Report on vaccination in the Province of Bengal - 1869-1873
Year: 1869
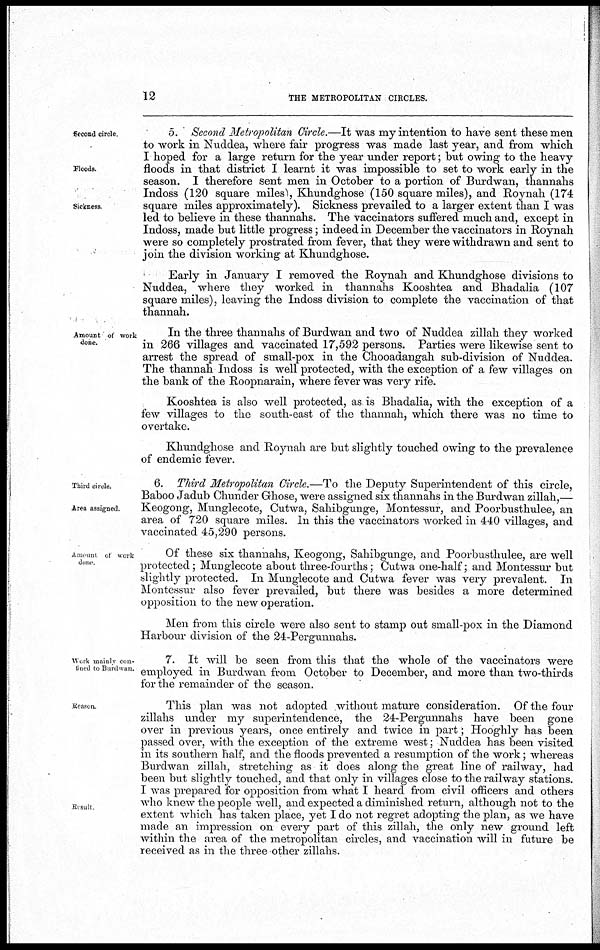
12
THE METROPOLITAN CIRCLES.
Second circle
Floods.
Sickness
5. Second Metropolitan Circle.—It was my intention to have sent these men
to work in Nuddea, where fair progress was made last year, and from which
I hoped for a large return for the year under report; but owing to the heavy
floods in that district I learnt it was impossible to set to work early in the
season. I therefore sent men in October to a portion of Burdwan, thannahs
Indoss (120 square miles), Khundghose (150 square miles), and Roynah (174
square miles approximately). Sickness prevailed to a larger extent than I was
led to believe in these thannahs. The vaccinators suffered much and, except in
Indoss, made but little progress; indeed in December the vaccinators in Roynah
were so completely prostrated from fever, that they were withdrawn and sent to
join the division working at Khundghose.
Early in January I removed the Roynah and Khundghose divisions to
Nuddea, where they worked in thannahs Kooshtea and Bhadalia (107
square miles), leaving the Indoss division to complete the vaccination of that
thannah.
Amount of work
done.
In the three thannahs of Burdwan and two of Nuddea zillah they worked
in 266 villages and vaccinated 17,592 persons. Parties were likewise sent to
arrest the spread of small-pox in the Chooadangah sub-division of Nuddea.
The thannah Indoss is well protected, with the exception of a few villages on
the bank of the Roopnarain, where fever was very rife.
Kooshtea is also well protected, as is Bhadalia. with the exception of a
few villages to the south-east of the thannah, which there was no time to
overtake.
Khundghose and Roynah are but slightly touched owing to the prevalence
of endemic fever.
Third circle.
Area assigned.
6. Third Metropolitan Circle.—To the Deputy Superintendent of this circle,
Baboo Jadub Chunder Grhose, were assigned six thannahs in the Burdwan zillah,—
Keogong, Munglecote, Cutwa, Sahibgunge, Montessur, and Poorbusthulee, an
area of 720 square miles. In this the vaccinators worked in 440 villages, and
vaccinated 45,290 persons.
Amount of work
done
Of these six thannahs, Keogong, Sahibgunge, and Poorbusthulee, are well
protected; Munglecote about three-fourths; Cutwa one-half; and Montessur but
slightly protected. In Munglecote and Cutwa fever was very prevalent. In
Montessur also fever prevailed, but there was besides a more determined
opposition to the new operation.
Men from this circle were also sent to stamp out small-pox in the Diamond
Harbour division of the 24-Pergunnahs.
Work mainly con-
-ined to Burdwan.
7. It will be seen from this that the whole of the vaccinators were
employed in Burdwan from October to December, and more than two-thirds
for the remainder of the season.
Reason.
Result
This plan was not adopted without mature consideration. Of the four
zillahs under my superintendence, the 24-Pergunnahs have been gone
over in previous years, once entirely and twice in part; Hooghly has been
passed over, with the exception of the extreme west; Nuddea has been visited
in its southern half, and the floods prevented a resumption of the work; whereas
Burdwan zillah, stretching as it does along the great line of railway, had
been but slightly touched, and that only in villages close to the railway stations.
I was prepared for opposition from what I heard from civil officers and others
who knew the people well, and expected a diminished return, although not to the
extent which has taken place, yet I do not regret adopting the plan, as we have
made an impression on every part of this zillah, the only new ground left
within the area of the metropolitan circles, and vaccination will in future be
received as in the three other zillahs.